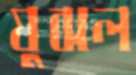
যুঝল